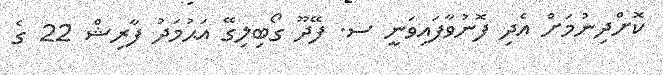
ކޮށްދިނުމަށް އެދި ފޮނުވާފައިވަނީ ސ. ފޭދޫ ގޯބިލިގޭ އަޙުމަދު ފާރިޝް 22 ގެ